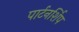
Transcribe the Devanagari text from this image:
पार्टनर्शिप